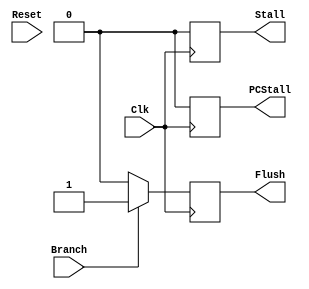
`timescale 1ns / 1ps
//////////////////////////////////////////////////////////////////////////////////
// Company: 
// Engineer: 
// 
// Design Name: 
// Module Name: HazardDetection
// Project Name: 
// Target Devices: 
// Tool Versions: 
// Description: 
// 
// Dependencies: 
// 
// Revision:
// Revision 0.01 - File Created
// Additional Comments:
// 
//////////////////////////////////////////////////////////////////////////////////


module HazardDetection(Clk, Reset, Branch, Stall, PCStall, Flush);

    input Clk, Reset;
    input Branch;
    output reg Stall, PCStall, Flush;
    
    always @(posedge Clk) begin
//        if(Reset == 1) begin
//            Stall <= 1;
//        end
//        else begin
//            Stall <= 0;
//        end
        Stall <= 0;
        PCStall <= 0;
        if(Branch == 1) begin
            Flush <= 1;
        end
        else begin
            Flush <= 0;
        end
    end

endmodule